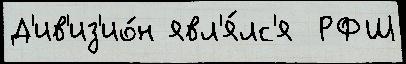
Д'ив'из'ио́н явл'я́лс'я  РФШ